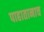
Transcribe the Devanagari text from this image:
पाहातानाच